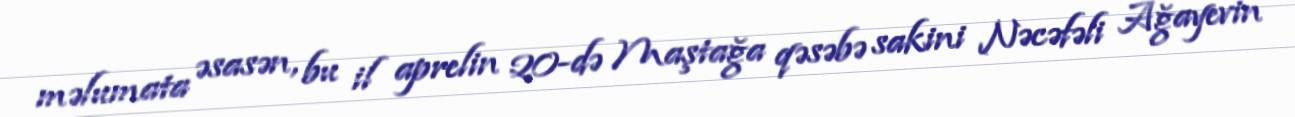
məlumata əsasən, bu il aprelin 20-də Maştağa qəsəbə sakini Nəcəfəli Ağayevin